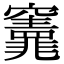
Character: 𮄣